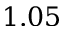
1 . 0 5